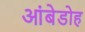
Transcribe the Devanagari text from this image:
आंबेडोह